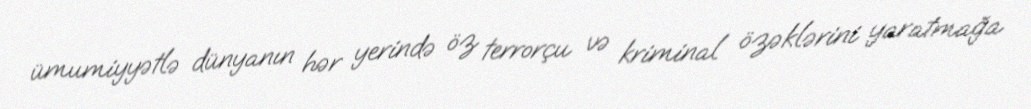
ümumiyyətlə dünyanın hər yerində öz terrorçu və kriminal özəklərini yaratmağa